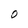
Character: O